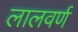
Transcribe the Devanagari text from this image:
लालवर्ण